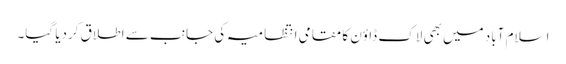
اسلام آباد میں بھی لاک ڈاؤن کا مقامی انتظامیہ کی جانب سے اطلاق کردیا گیا۔